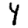
Digit: 4